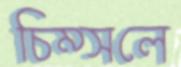
চিম্‌সলে